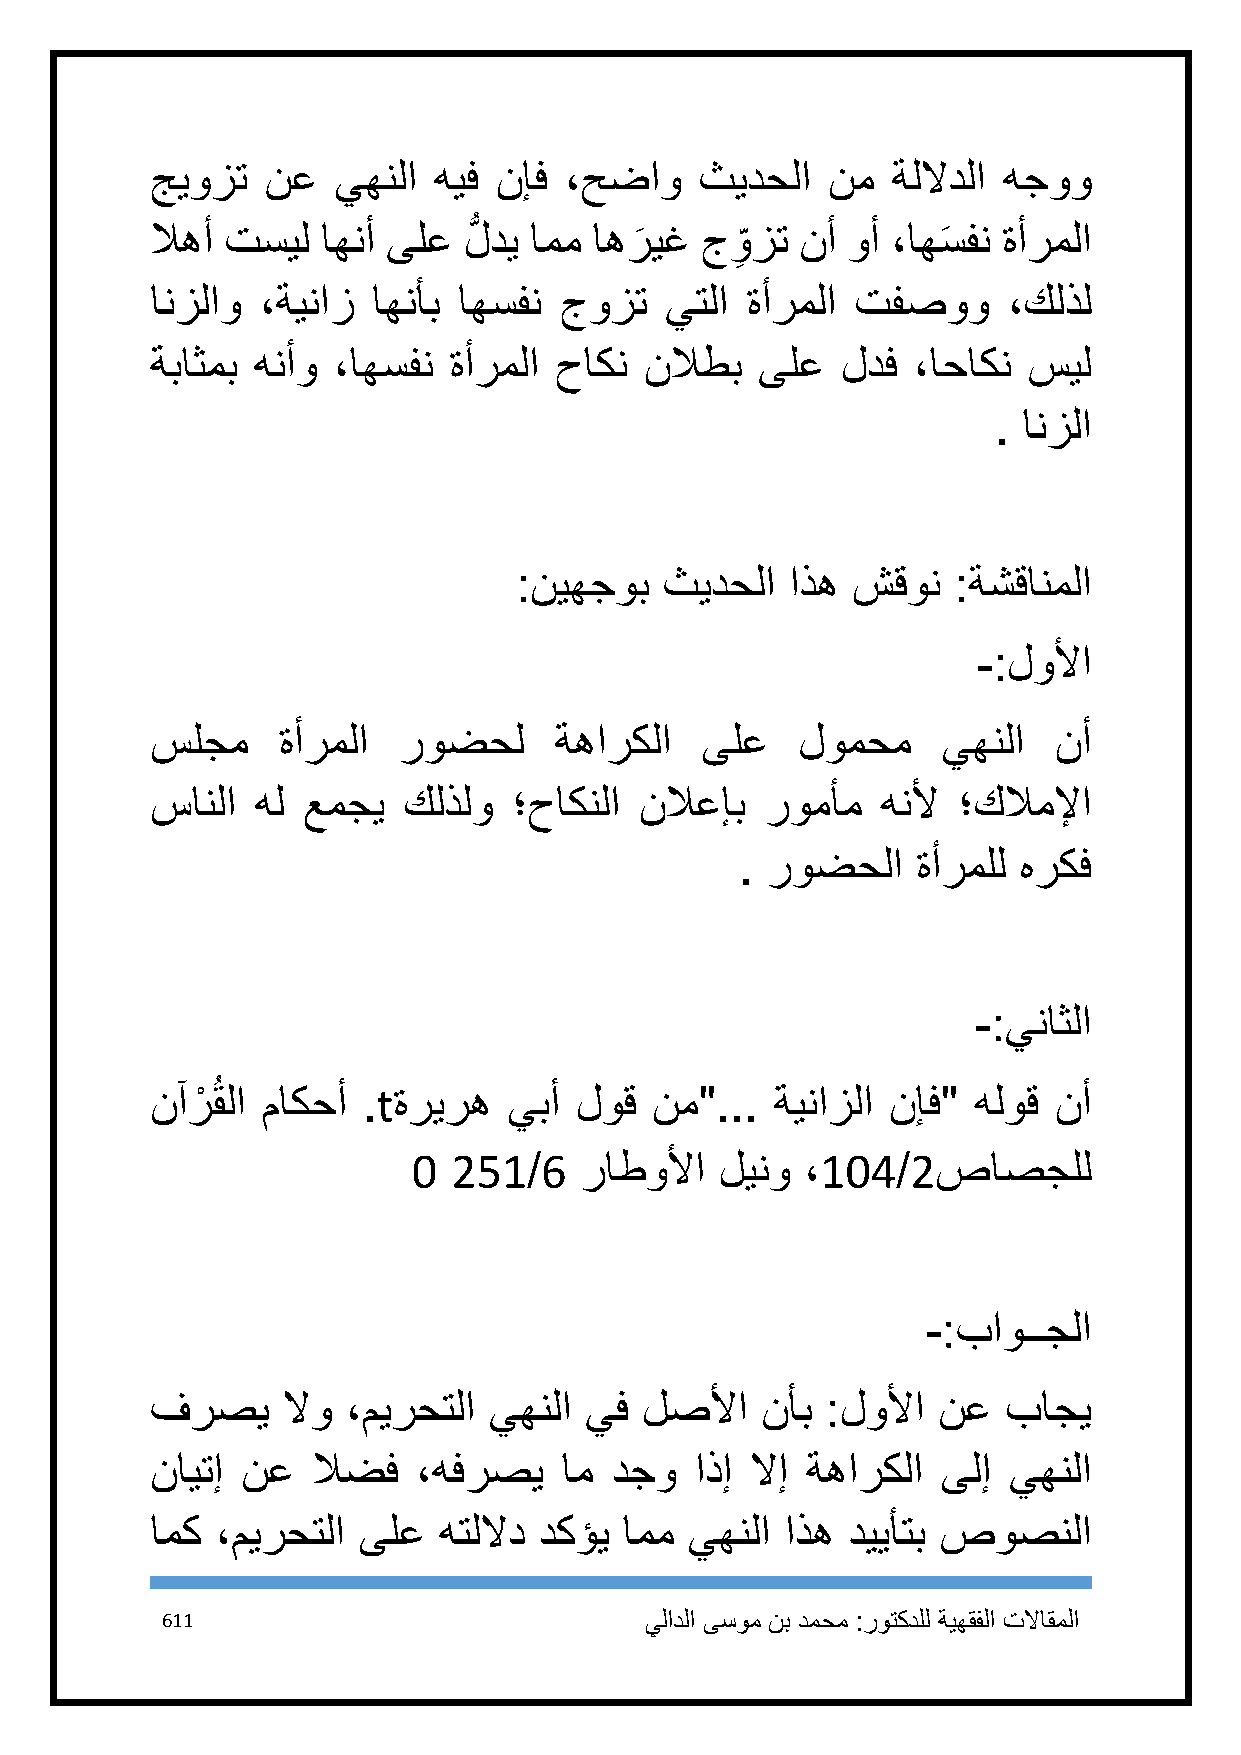
جيوزت   نع  يهنلا  هيف نإف ،حضاو    ثيدحلا   نم  ةللادلا هجوو
 لاهأ تسيل  اهنأ ىلع  لُّ دي امم اهر
 َ
 يغ جو
 ِ
 زت نأ وأ ،اهسَ فن ةأرملا
 انزلاو ،ةيناز  اهنأب اهسفن جوزت   يتلا ةأرملا  تفصوو     ،كلذل
 ةباثمب هنأو ،اهسفن  ةأرملا حاكن  نلاطب  ىلع   لدف ،احاكن  سيل
 . انزلا
 :نيهجوب   ثيدحلا  اذه شقون   :ةشقانملا
 -:لولأا
 سلجم    ةأرملا  روضحل      ةهاركلا  ىلع    لومحم    يهنلا   نأ
 سانلا  هل عمجي   كلذلو  ؛حاكنلا نلاعإب   رومأم  هنلأ ؛كلاملإا
 . روضحلا    ةأرملل هركف
 -:يناثلا
 نآرْ ُقلا ماكحأ .tةريره يبأ لوق  نم"...  ةينازلا نإف" هلوق  نأ
 1  251/6   راطولأا   لينو ،114/2صاصجلل
 -:باوــجلا
 فرصي     لاو ،ميرحتلا يهنلا  يف لصلأا   نأب  :لولأا نع   باجي
 نايتإ نع   لاضف   ،هفرصي   ام دجو   اذإ لاإ ةهاركلا ىلإ  يهنلا
 امك ،ميرحتلا  ىلع  هتللاد دكؤي امم  يهنلا اذه دييأتب صوصنلا
 611                             يلادلا ىسوم نب دمحم :روتكدلل ةيهقفلا تلااقملا